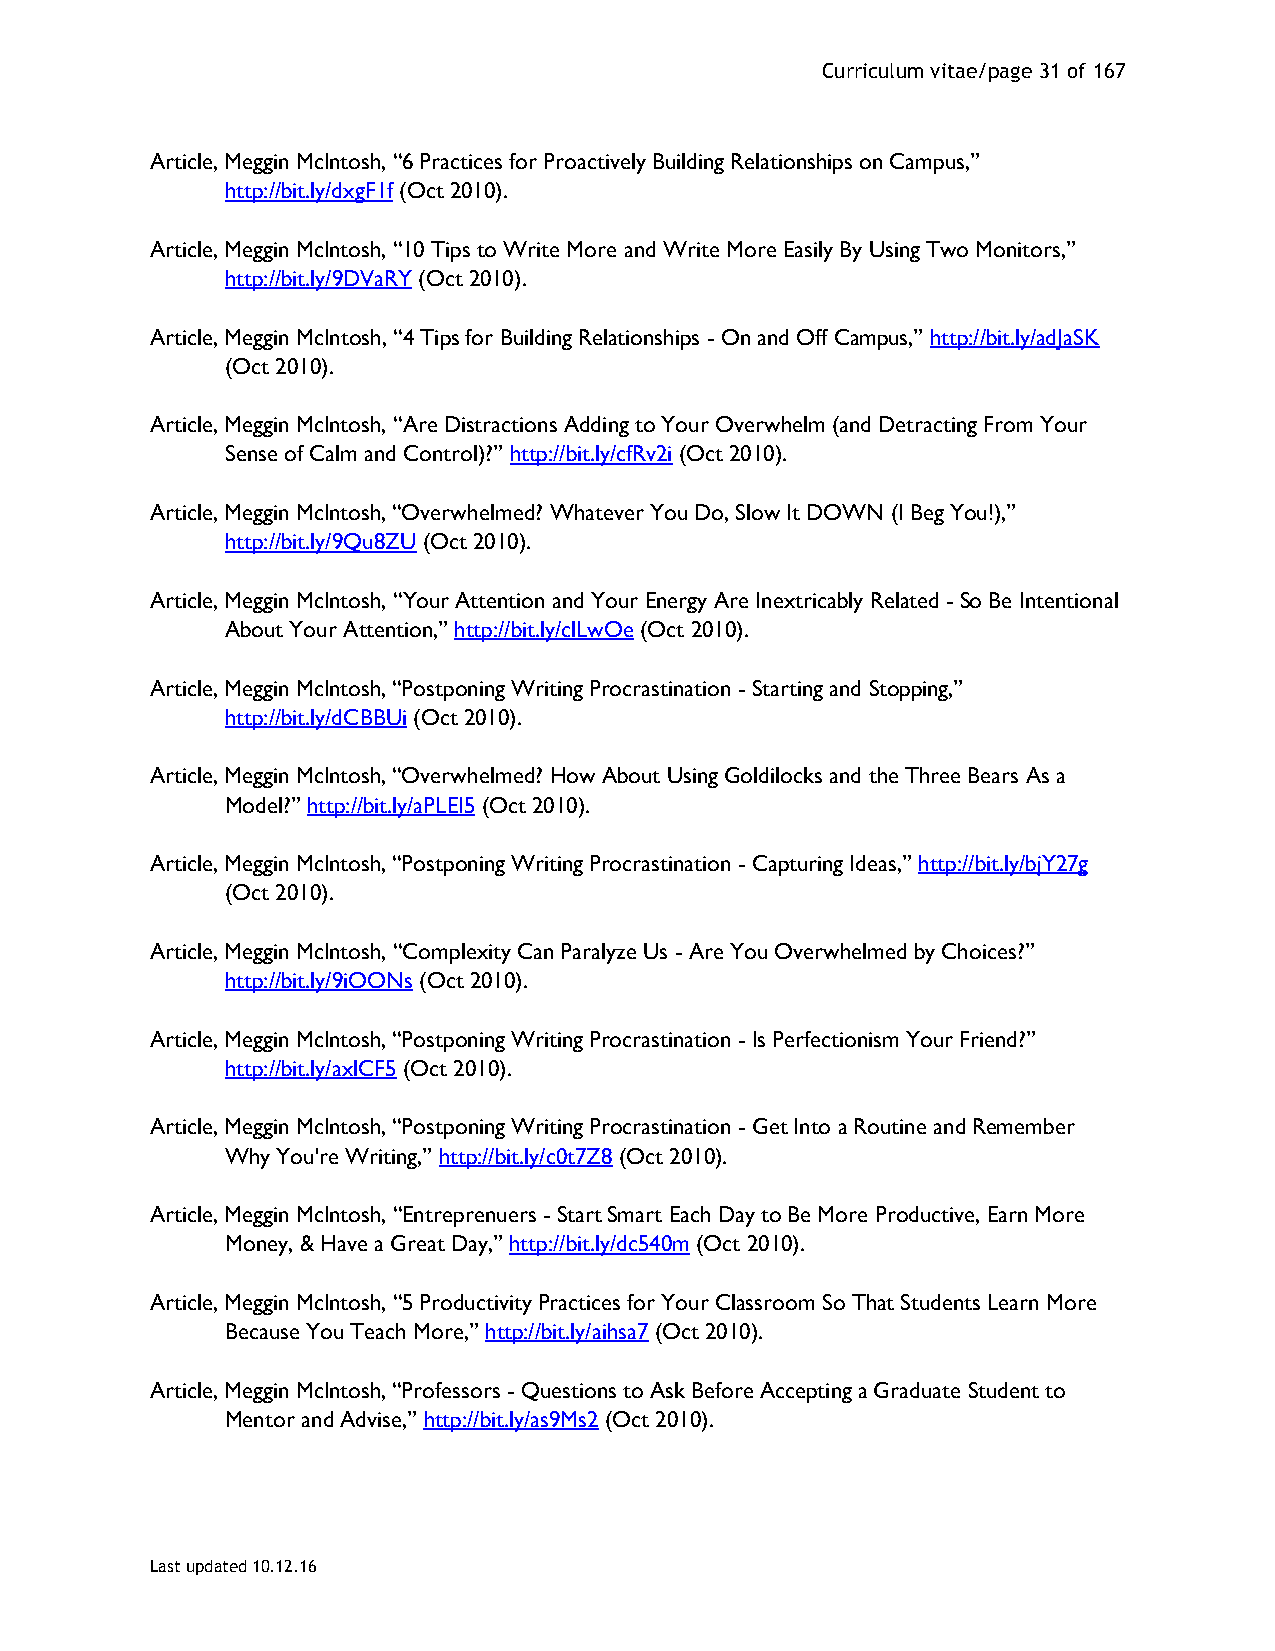
Curriculum vitae/page 31 of 167
 Article, Meggin McIntosh, “6 Practices for Proactively Building Relationships on Campus,”
 http://bit.ly/dxgF1f (Oct 2010).
 Article, Meggin McIntosh, “10 Tips to Write More and Write More Easily By Using Two Monitors,”
 http://bit.ly/9DVaRY (Oct 2010).
 Article, Meggin McIntosh, “4 Tips for Building Relationships - On and Off Campus,” http://bit.ly/adJaSK
 (Oct 2010).
 Article, Meggin McIntosh, “Are Distractions Adding to Your Overwhelm (and Detracting From Your
 Sense of Calm and Control)?” http://bit.ly/cfRv2i (Oct 2010).
 Article, Meggin McIntosh, “Overwhelmed? Whatever You Do, Slow It DOWN (I Beg You!),”
 http://bit.ly/9Qu8ZU (Oct 2010).
 Article, Meggin McIntosh, “Your Attention and Your Energy Are Inextricably Related - So Be Intentional
 About Your Attention,” http://bit.ly/clLwOe (Oct 2010).
 Article, Meggin McIntosh, “Postponing Writing Procrastination - Starting and Stopping,”
 http://bit.ly/dCBBUi (Oct 2010).
 Article, Meggin McIntosh, “Overwhelmed? How About Using Goldilocks and the Three Bears As a
 Model?” http://bit.ly/aPLEI5 (Oct 2010).
 Article, Meggin McIntosh, “Postponing Writing Procrastination - Capturing Ideas,” http://bit.ly/bjY27g
 (Oct 2010).
 Article, Meggin McIntosh, “Complexity Can Paralyze Us - Are You Overwhelmed by Choices?”
 http://bit.ly/9iOONs (Oct 2010).
 Article, Meggin McIntosh, “Postponing Writing Procrastination - Is Perfectionism Your Friend?”
 http://bit.ly/axlCF5 (Oct 2010).
 Article, Meggin McIntosh, “Postponing Writing Procrastination - Get Into a Routine and Remember
 Why You're Writing,” http://bit.ly/c0t7Z8 (Oct 2010).
 Article, Meggin McIntosh, “Entreprenuers - Start Smart Each Day to Be More Productive, Earn More
 Money, & Have a Great Day,” http://bit.ly/dc540m (Oct 2010).
 Article, Meggin McIntosh, “5 Productivity Practices for Your Classroom So That Students Learn More
 Because You Teach More,” http://bit.ly/aihsa7 (Oct 2010).
 Article, Meggin McIntosh, “Professors - Questions to Ask Before Accepting a Graduate Student to
 Mentor and Advise,” http://bit.ly/as9Ms2 (Oct 2010).
 Last updated 10.12.16